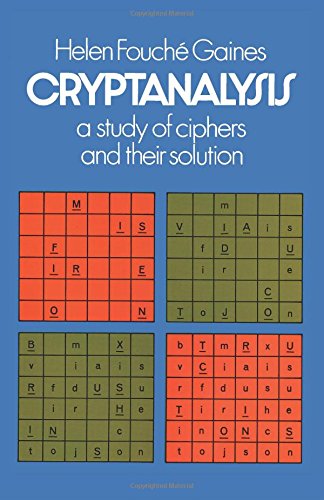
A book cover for Cryptanalysis: A Study of Ciphers and Their Solution; Helen F. Gaines; Humor & Entertainment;